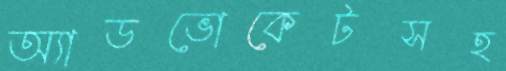
অ্যাডভোকেটসহ